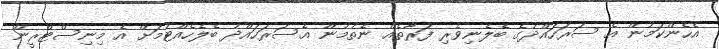
އެހެންކަމުން އެ ސަރަހައްދުގެ ބެލެނިވެރި ފަރާތެއް ނެތުމުން އެސަރަހައްދު ބެލެހެއްޓުމަށް އެ މިނިސްޓްރީން